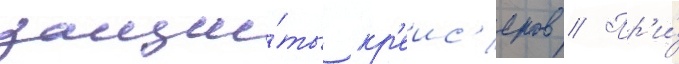
защи́ты кр'еис'еров // Пр'и́